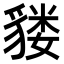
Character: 𫎌